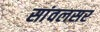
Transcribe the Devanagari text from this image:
सांवलसर